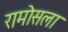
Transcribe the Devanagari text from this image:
रामोसला